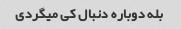
بله دوباره دنبال کی میگردی